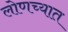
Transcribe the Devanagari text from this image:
लोणच्यात